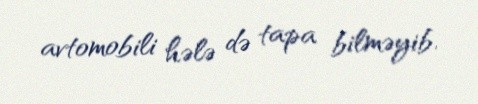
avtomobili hələ də tapa bilməyib.